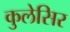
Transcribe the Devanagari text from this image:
कुलेसिर